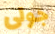
جولى